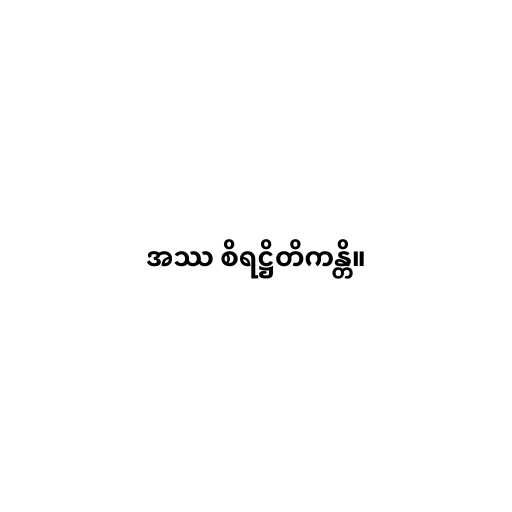
အဿ စိရဋ္ဌိတိကန္တိ။